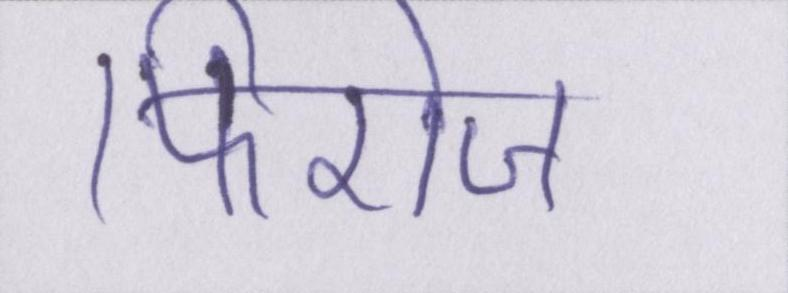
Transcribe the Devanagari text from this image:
फिरोज